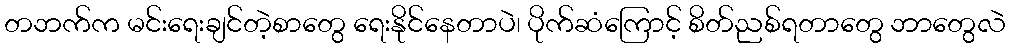
တဘက်က မင်းရေးချင်တဲ့စာတွေ ရေးနိုင်နေတာပဲ၊ ပိုက်ဆံကြောင့် စိတ်ညစ်ရတာတွေ ဘာတွေလဲ